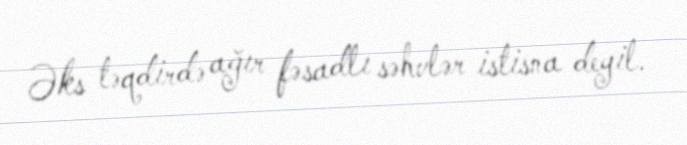
Əks təqdirdə ağır fəsadlı səhvlər istisna deyil.